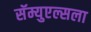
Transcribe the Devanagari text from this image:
सॅम्युएल्सला